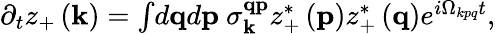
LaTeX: \begin{array}{r}{\partial_{t}z_{+}\left(\mathbf{k}\right)=\int\! d\mathbf{q}d\mathbf{p}\ \sigma_{\mathbf{k}}^{\mathbf{q}\mathbf{p}}z_{+}^{*}\left(\mathbf{p}\right)z_{+}^{*}\left(\mathbf{q}\right)e^{i\Omega_{kpq}t},}\end{array}